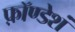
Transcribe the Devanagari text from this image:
फ़ॉण्डेशं